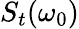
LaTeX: S_{t}(\omega_{0})